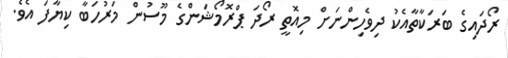
ރޯދައިގެ ބަރަކާތާއެކު ދިވެހިންނަށް މިއޮތީ ރޯދަ ޕްރޮމޯޝަންގެ މޫސުން މަރުހަބާ ކިޔާފަ އެވެ.